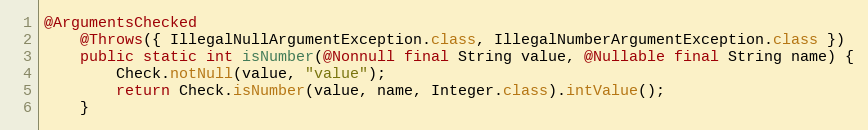
Language: Java
@ArgumentsChecked
	@Throws({ IllegalNullArgumentException.class, IllegalNumberArgumentException.class })
	public static int isNumber(@Nonnull final String value, @Nullable final String name) {
		Check.notNull(value, "value");
		return Check.isNumber(value, name, Integer.class).intValue();
	}